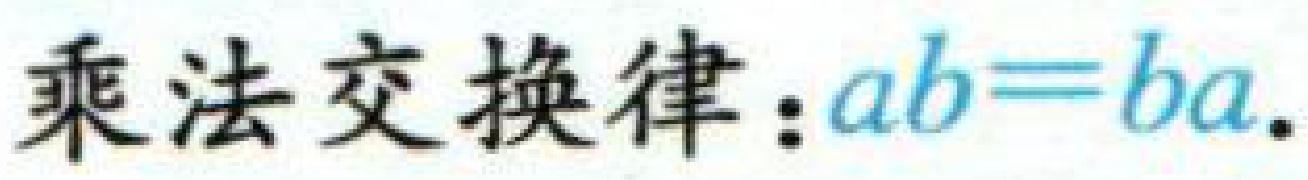
乘法交换律：\(ab = ba\)